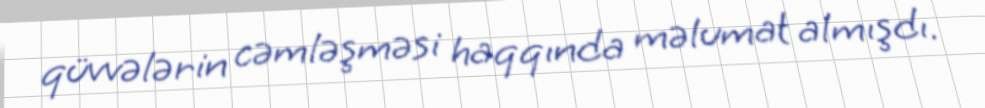
qüvvələrin cəmləşməsi haqqında məlumat almışdı.